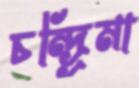
চন্দ্র্রিমা